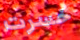
خسرت